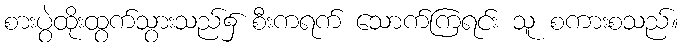
စားပွဲထိုးထွက်သွားသည်၌ စီးကရက် သောက်ကြရင်း သူ စကားစသည်။